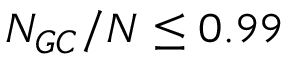
N _ { G C } / N \le 0 . 9 9